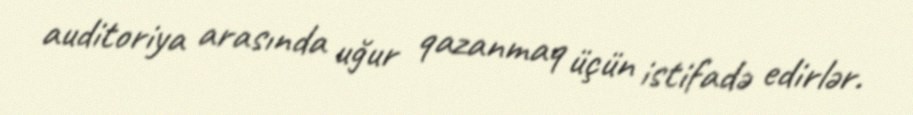
auditoriya arasında uğur qazanmaq üçün istifadə edirlər.